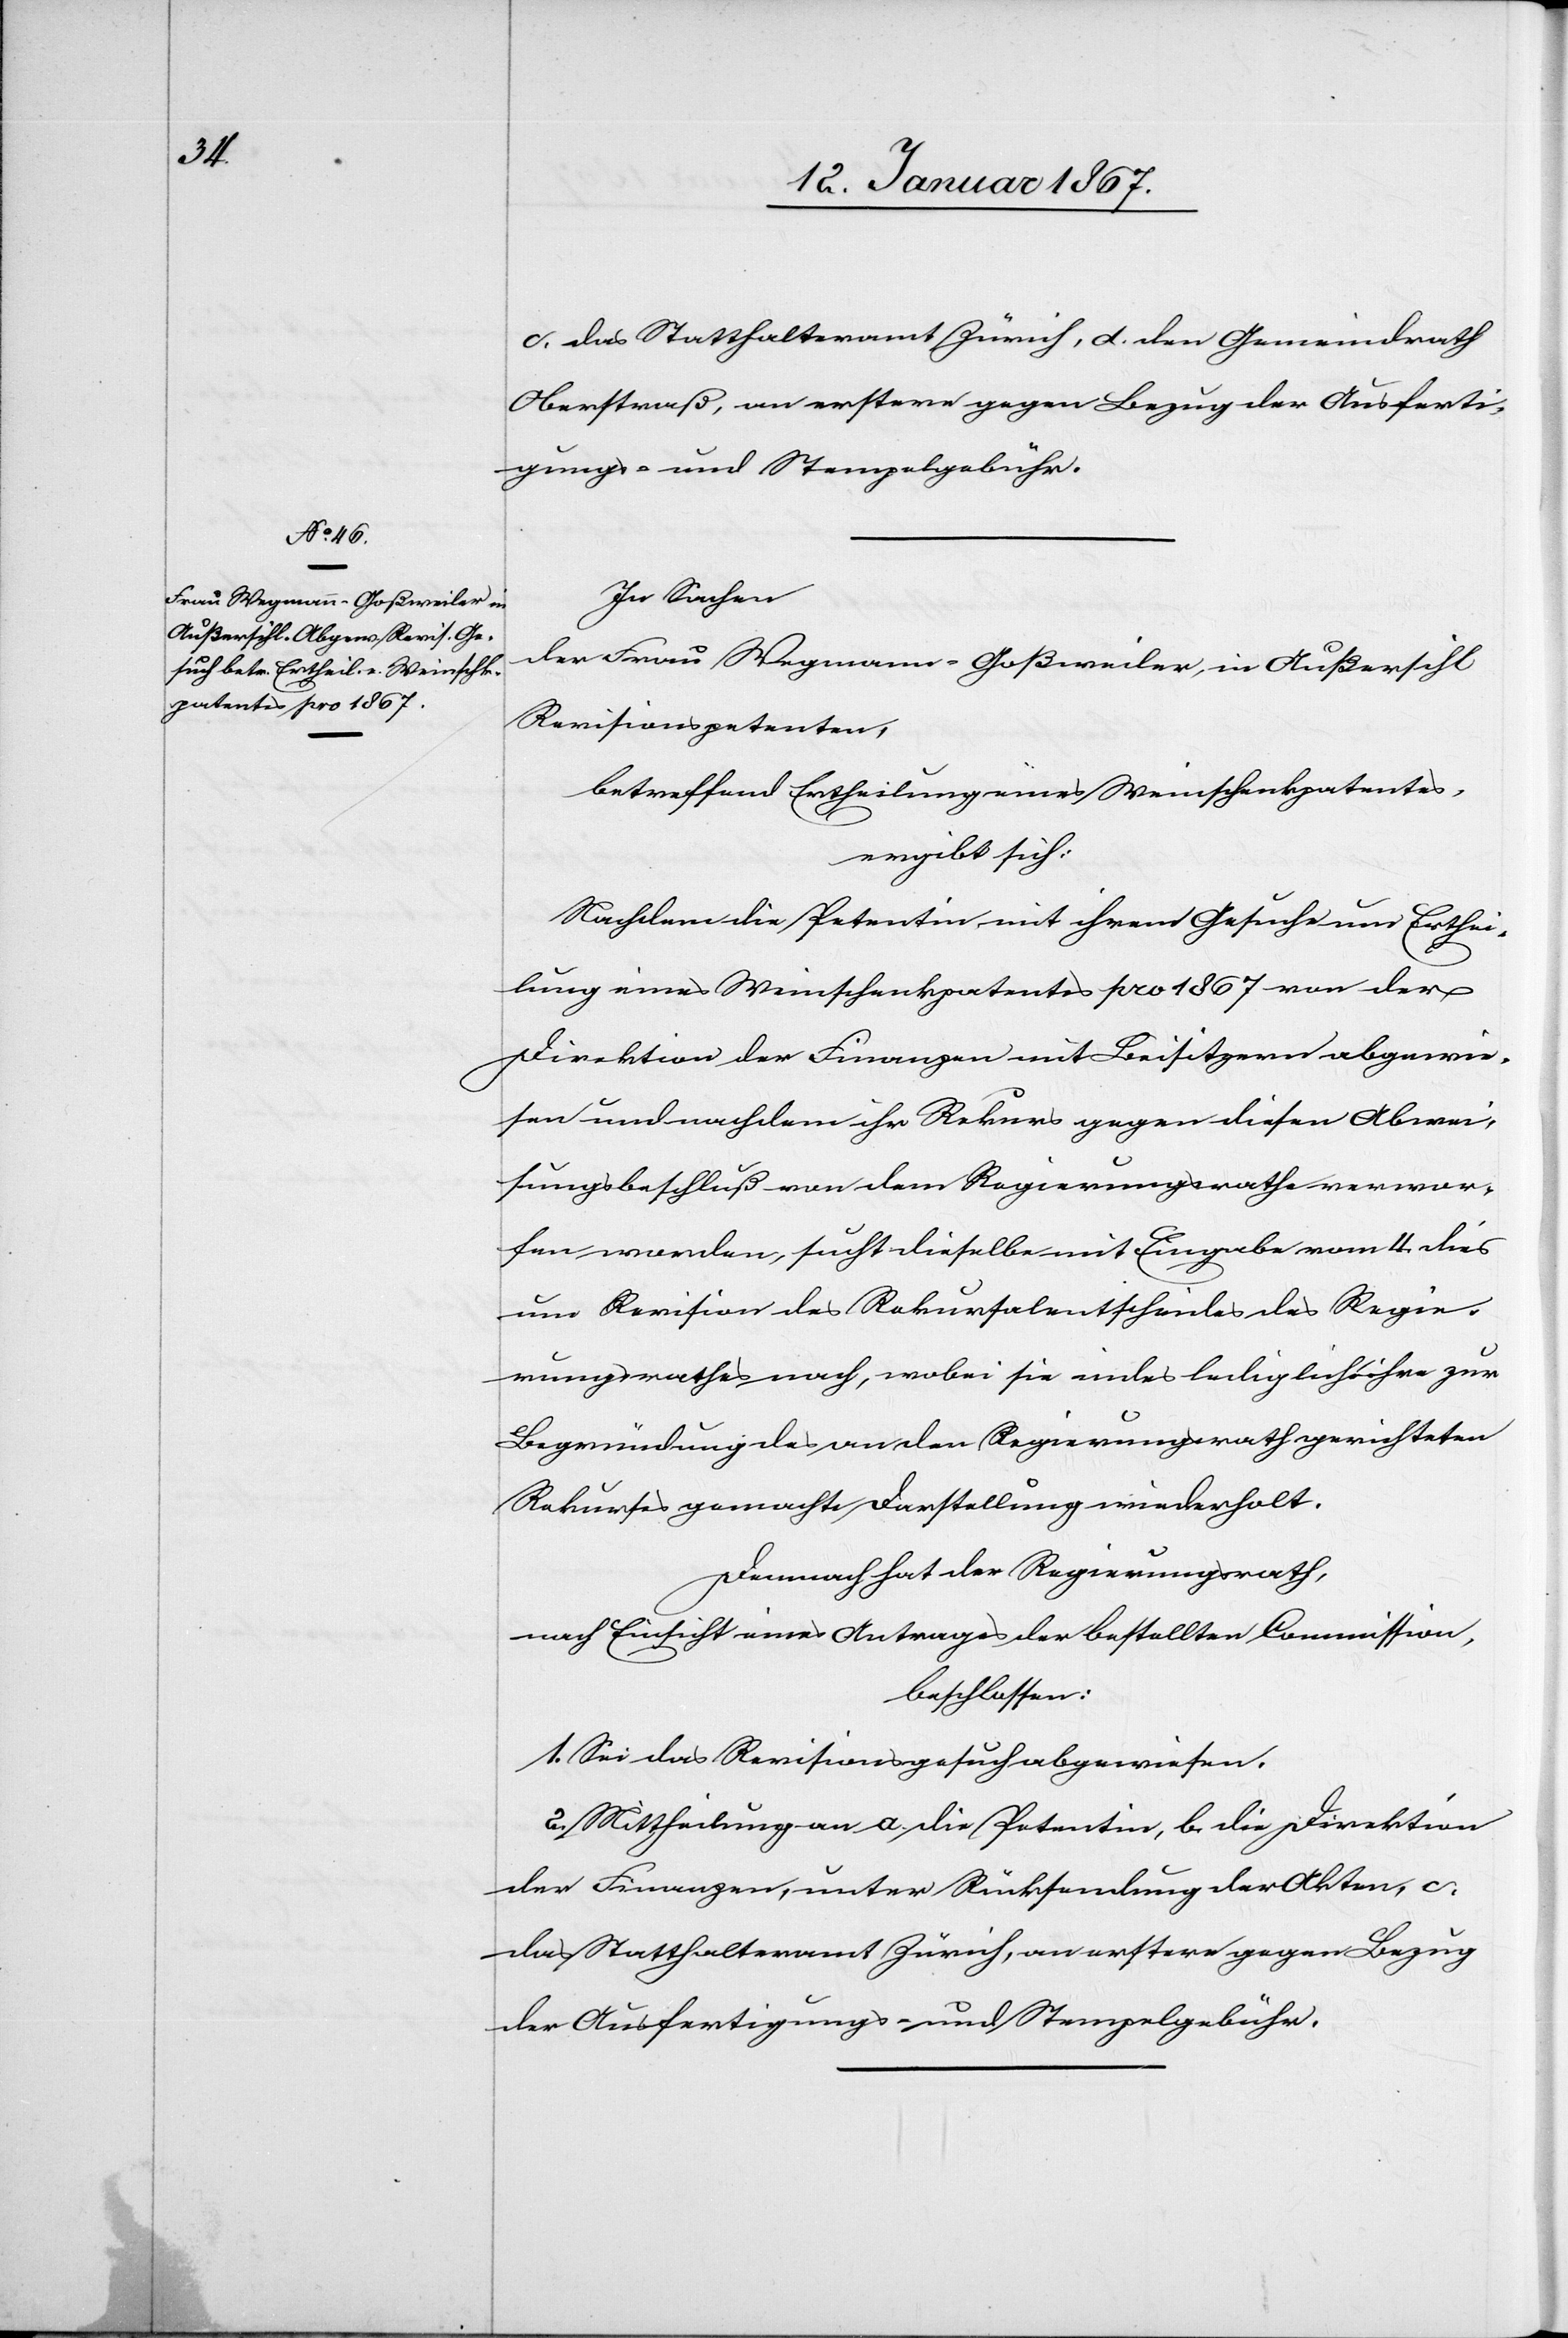
c. das Statthalteramt Zürich, d. den Gemeinderath
Oberstraß, an erstere gegen Bezug der Ausferti¬
gungs- und Stempelgebühr.
In Sachen
der Frau Wegmann-Goßweiler, in Außersihl
Revisonspetenten,
betreffend Ertheilung eines Weinschenkpatentes,
ergibt sich:
Nachdem die Petentin mit ihrem Gesuche um Erthei¬
lung eines Weinschenkpatentes pro 1867 von der
Direktion der Finanzen mit Beisitzern abgewie¬
sen und nachdem ihr Rekurs gegen diesen Abwei¬
sungsbeschluß von dem Regierungsrathe verwor¬
fen worden, sucht dieselbe mit Eingabe vom 4. dies
um Revision des Rekursalentscheides des Regie¬
rungsrathes nach, wobei sie indes lediglich ihre zur
Begründung des an den Regierungsrath gerichteten
Rekurses gemachte Darstellung wiederholt.
Demnach hat der Regierungsrath,
nach Einsicht eines Antrages der bestellten Commission,
beschlossen:
1. Sie das Revisionsgesuch abgewiesen.
2. Mittheilung an a. die Petentin, b. die Direktion
der Finanzen, unter Rücksendung der Akten, c.
das Statthalteramt Zürich, an erstere gegen Bezug
der Ausfertigungs- und Stempelgebühr.